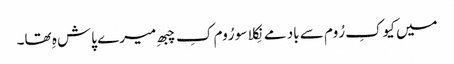
میں کیوکِ رُوم سے باد مے نِکلا سو رُوم کِ چبھِ میرے پاش ہِ تھا۔